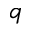
q